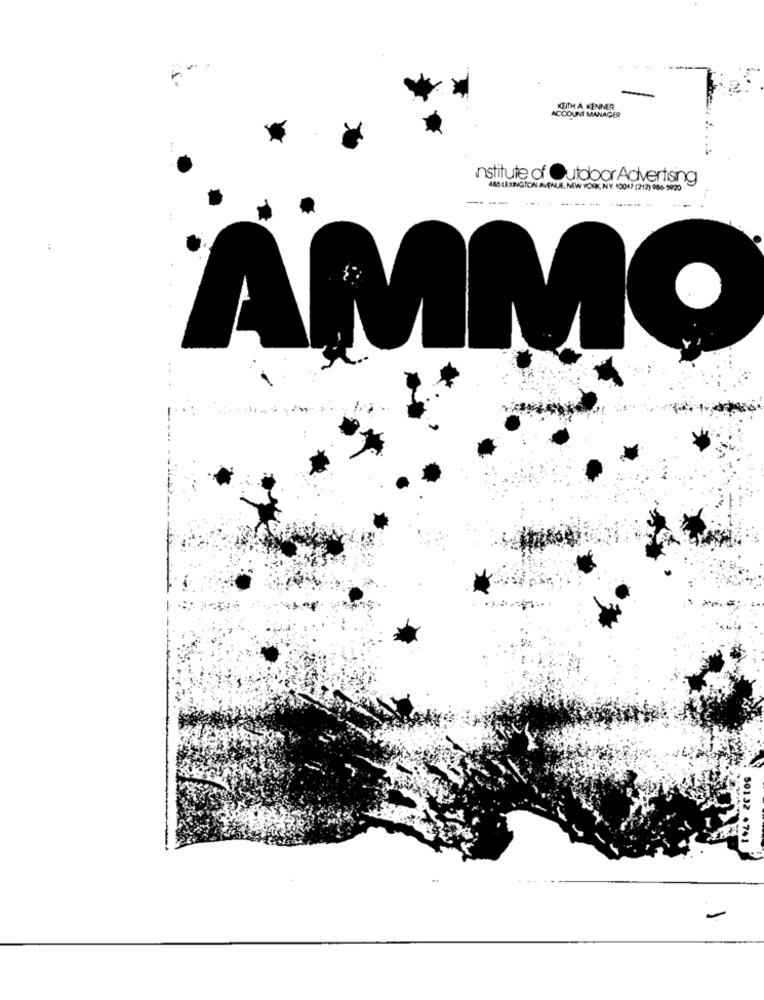
ACCOUNT MANAGER
KEITH A. KENNER
Institute of Outdoor Advertising
485 LEXINGTON AVENUE, NEW YORK, NY. 10017 (212) 986-5920
----
----------.
AMM
50132 .741
-